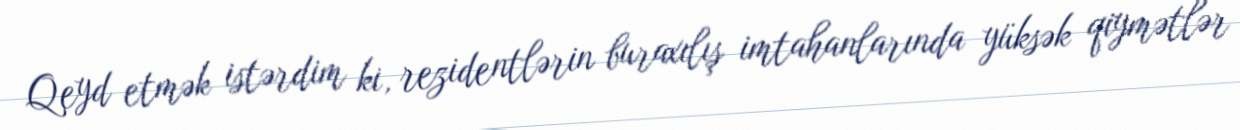
Qeyd etmək istərdim ki, rezidentlərin buraxılış imtahanlarında yüksək qiymətlər